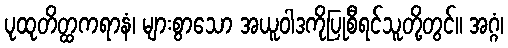
ပုထုတိတ္ထကရာနံ၊ များစွာသော အယူဝါဒကိုပြုစီရင်သူတို့တွင်။ အဂ္ဂံ၊